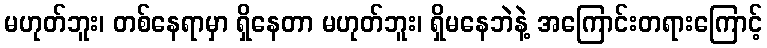
မဟုတ်ဘူး၊ တစ်နေရာမှာ ရှိနေတာ မဟုတ်ဘူး၊ ရှိမနေဘဲနဲ့ အကြောင်းတရားကြောင့်